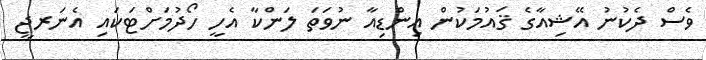
ވެސް ދެކުނު އޭޝިއާގެ ޤައުމަކުން އިންޑިއާ ނުވަތަ ލަންކާ އެހީ ހޯދުމަށްޓަކައި އެނަރޖީ